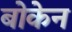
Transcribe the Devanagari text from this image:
बोकेन